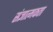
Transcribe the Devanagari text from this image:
संज्ञात्मकता